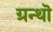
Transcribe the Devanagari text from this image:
ग्रन्थॊ